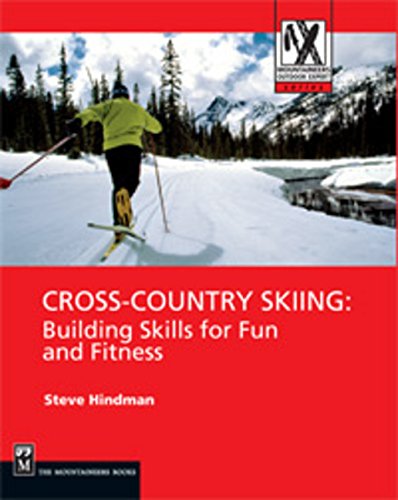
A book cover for Cross-Country Skiing: Building Skills for Fun and Fitness (Mountaineers Outdoor Expert); Steve Hindman; Sports & Outdoors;